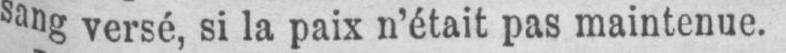
sang versé, si la paix n’était pas maintenue.